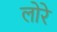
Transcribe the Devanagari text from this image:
लोरे